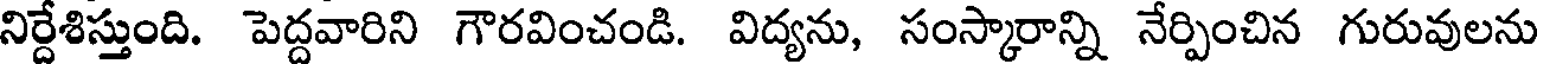
నిర్దేశిస్తుంది. పెద్దవారిని గౌరవించండి. విద్యను, సంస్కారాన్ని నేర్పించిన గురువులను